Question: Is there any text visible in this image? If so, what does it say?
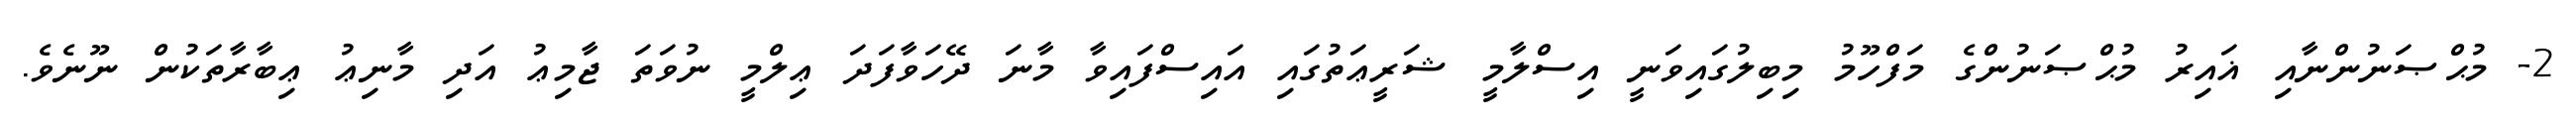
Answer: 2- މުޙްޞަނުންނާއި ޣައިރު މުޙްޞަނުންގެ މަފްހޫމު މިބިލުގައިވަނީ އިސްލާމީ ޝަރީޢަތުގައި އައިސްފައިވާ މާނަ ދޭހަވާފަދަ ޢިލްމީ ނުވަތަ ޖާމިޢު އަދި މާނިޢު ޢިބާރާތަކުން ނޫނެވެ.